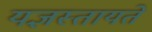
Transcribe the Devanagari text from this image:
यज्ञस्तायते